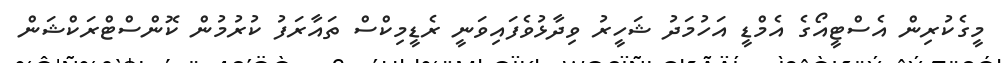
މީގެކުރިން އެސްޓީއޯގެ އެމްޑީ އަހުމަދު ޝަހީރު ވިދާޅުވެފައިވަނީ ރެޑީމިކްސް ތައާރަފު ކުރުމުން ކޮންސްޓްރަކްޝަން